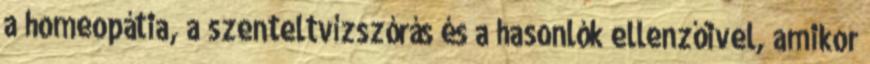
a homeopátia, a szenteltvízszórás és a hasonlók ellenzőivel, amikor